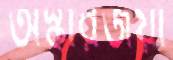
অস্কারজয়ী